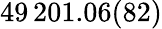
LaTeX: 49\, 201.06(82)